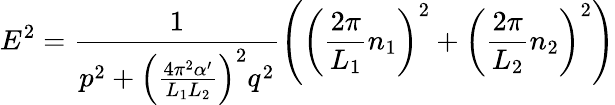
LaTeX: E^{2}=\frac{1}{p^{2}+\left(\frac{4\pi^{2}\alpha^{\prime}}{L_{1}L_{2}}\right)^{2}q^{2}}\left(\left(\frac{2\pi}{L_{1}}n_{1}\right)^{2}+\left(\frac{2\pi}{L_{2}}n_{2}\right)^{2}\right)